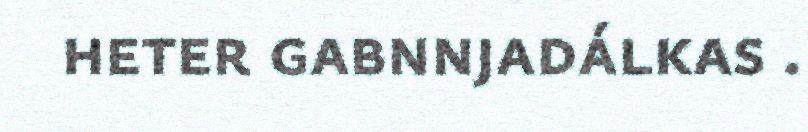
heter gabnnjadálkas .